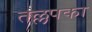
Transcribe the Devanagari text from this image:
तल्लपका